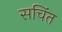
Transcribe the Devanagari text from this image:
सचिंत